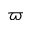
\varpi